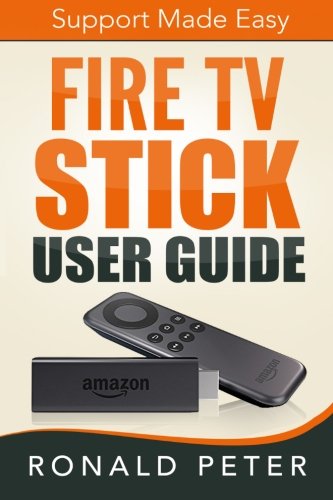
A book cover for Fire TV Stick User Guide: Support Made Easy (Streaming Devices) (Volume 2); Ronald Peter; Computers & Technology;